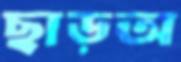
ছাড়অ